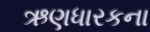
ઋણધારકના